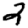
Digit: 2